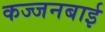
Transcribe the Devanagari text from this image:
कज्जनबाई